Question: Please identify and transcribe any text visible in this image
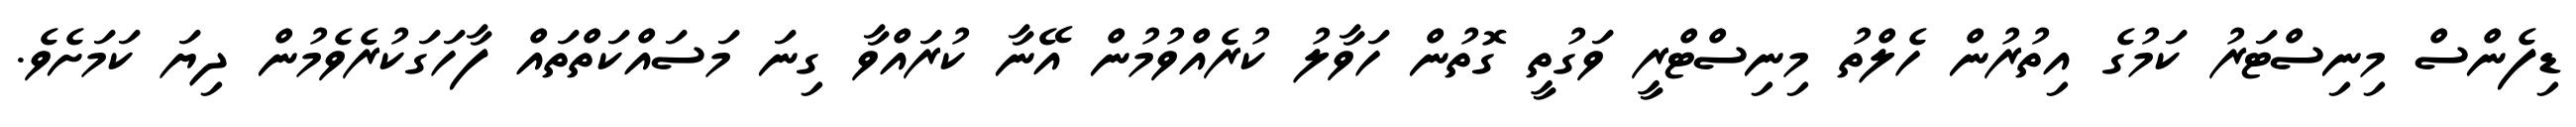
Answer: ޑިފެންސް މިނިސްޓަރު ކަމުގެ އިތުރުން ހެލްތު މިނިސްޓްރީ ވަގުތީ ގޮތުން ހަވާލު ކުރެއްވުމުން އޭނާ ކުރައްވާ ގިނަ މަސައްކަތްތައް ފާހަގަކުރެވެމުން ދިޔަ ކަމަށެވެ.